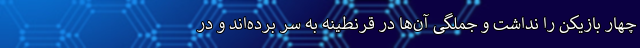
چهار بازیکن را نداشت و جملگی آن‌ها در قرنطینه به سر برده‌اند و در